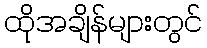
ထိုအချိန်များတွင်